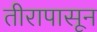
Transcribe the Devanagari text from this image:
तीरापासून